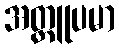
အတ္တူပမာ